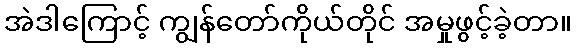
အဲဒါကြောင့် ကျွန်တော်ကိုယ်တိုင် အမှုဖွင့်ခဲ့တာ။